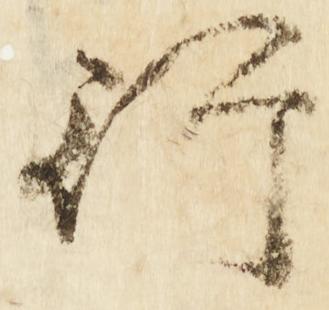
行